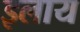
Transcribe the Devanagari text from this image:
इलाय